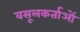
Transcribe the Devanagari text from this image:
वसूलकर्ताओं